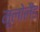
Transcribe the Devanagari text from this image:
मूलोलैंड